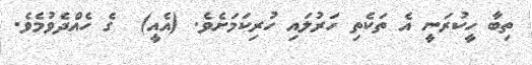
ތިބާ ހީކުރަނީ އެ ތަކެތި ހަރުލައި ހުރިކަމަށެވެ. (އެއީ)  ގެ ހެއްދެވުމެވެ.